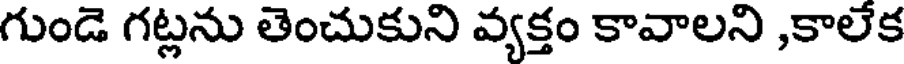
గుండె గట్లను తెంచుకుని వ్యక్తం కావాలని ,కాలేక